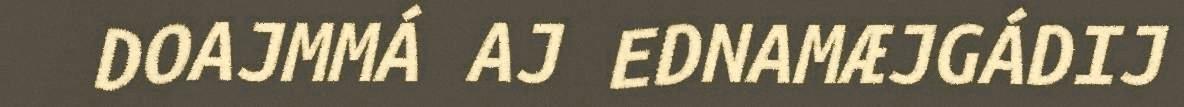
DOAJMMÁ AJ EDNAMÆJGÁDIJ